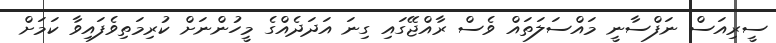
ސީރިއަސް ނަފްސާނީ މައްސަލަތައް ވެސް ރާއްޖޭގައި ގިނަ އަދަދެއްގެ މީހުންނަށް ކުރިމަތިވެފައިވާ ކަމަށް